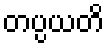
တပ္ပယတိ